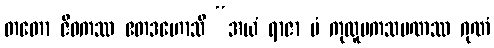
တတော ဇီဝကဿ ဧတဒဟောသိ “အယံ ရာဇာ မံ ကုလူပကသမဏဿ ဂုဏံ